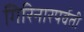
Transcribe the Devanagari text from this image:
गिरिनारपर्वती